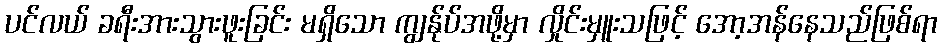
ပင်လယ် ခရီးအားသွားဖူးခြင်း မရှိသော ကျွန်ုပ်အဖို့မှာ လှိုင်းမှူးသဖြင့် အော့အန်နေသည်ဖြစ်ရာ